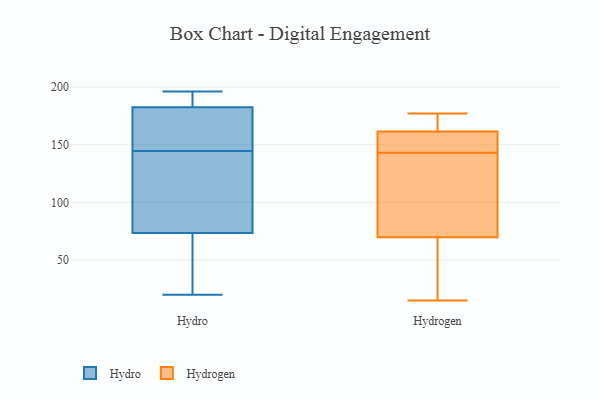
{"axis": {"x": "Website Visitors", "y": "Value"}, "legend": ["Hydro", "Hydrogen"], "data": [{"x": "", "y": 78, "type": "Hydro"}, {"x": "", "y": 196, "type": "Hydro"}, {"x": "", "y": 41, "type": "Hydro"}, {"x": "", "y": 154, "type": "Hydro"}, {"x": "", "y": 20, "type": "Hydro"}, {"x": "", "y": 193, "type": "Hydro"}, {"x": "", "y": 163, "type": "Hydro"}, {"x": "", "y": 194, "type": "Hydro"}, {"x": "", "y": 172, "type": "Hydro"}, {"x": "", "y": 97, "type": "Hydro"}, {"x": "", "y": 69, "type": "Hydro"}, {"x": "", "y": 135, "type": "Hydro"}, {"x": "", "y": 97, "type": "Hydrogen"}, {"x": "", "y": 148, "type": "Hydrogen"}, {"x": "", "y": 75, "type": "Hydrogen"}, {"x": "", "y": 176, "type": "Hydrogen"}, {"x": "", "y": 27, "type": "Hydrogen"}, {"x": "", "y": 163, "type": "Hydrogen"}, {"x": "", "y": 143, "type": "Hydrogen"}, {"x": "", "y": 151, "type": "Hydrogen"}, {"x": "", "y": 177, "type": "Hydrogen"}, {"x": "", "y": 87, "type": "Hydrogen"}, {"x": "", "y": 169, "type": "Hydrogen"}, {"x": "", "y": 157, "type": "Hydrogen"}, {"x": "", "y": 20, "type": "Hydrogen"}, {"x": "", "y": 68, "type": "Hydrogen"}, {"x": "", "y": 15, "type": "Hydrogen"}]}